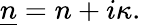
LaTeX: {\underline{{n}}}=n+i\kappa.